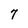
Character: 7